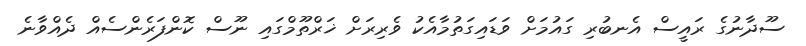
ސޫދާނުގެ ރައީސް އެނބުރި ގައުމަށް ވަޑައިގަތުމާއެކު ވެރިރަށް ޚަރްތޫމްގައި ނޫސް ކޮންފަރެންސެއް ދެއްވާނެ